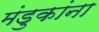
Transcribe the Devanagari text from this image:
मंडुकांना